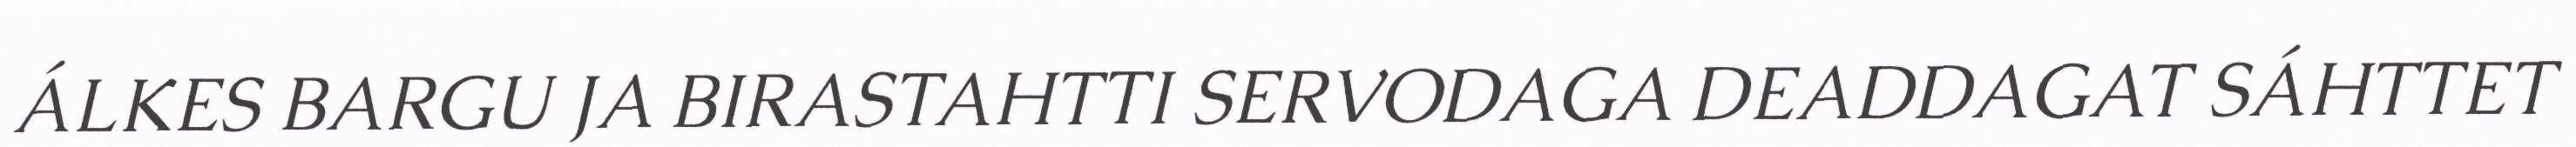
ÁLKES BARGU JA BIRASTAHTTI SERVODAGA DEADDAGAT SÁHTTET